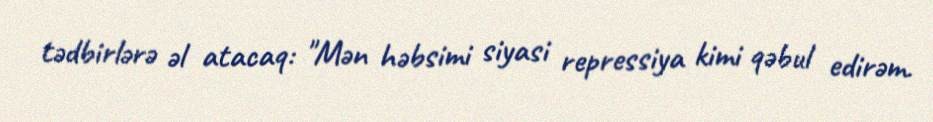
tədbirlərə əl atacaq: "Mən həbsimi siyasi repressiya kimi qəbul edirəm.